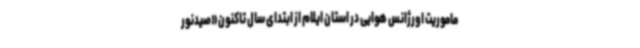
ماموریت اورژانس هوایی در استان ایلام از ابتدای سال تاکنون «صیدنور